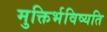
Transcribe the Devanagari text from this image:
मुक्तिर्भविष्यति